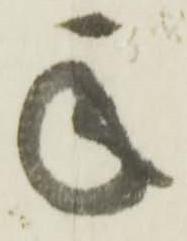
承